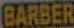
BARBER